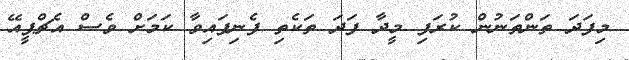
މިފަދަ ތަންތަނުން ކުރަފި މީދާ ފަދަ ތަކެތި ފެނިފައިވާ ކަމަށް ވެސް އެޗްޕީއޭ